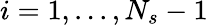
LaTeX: i=1,...,N_{s}-1